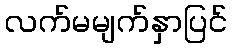
လက်မမျက်နှာပြင်